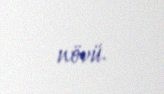
növü.